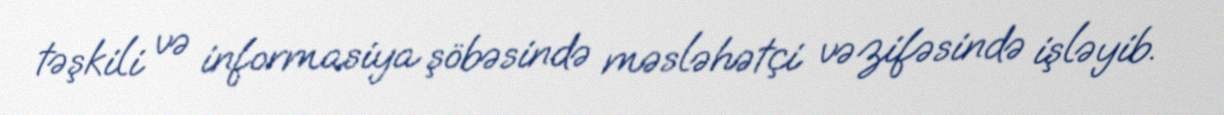
təşkili və informasiya şöbəsində məsləhətçi vəzifəsində işləyib.